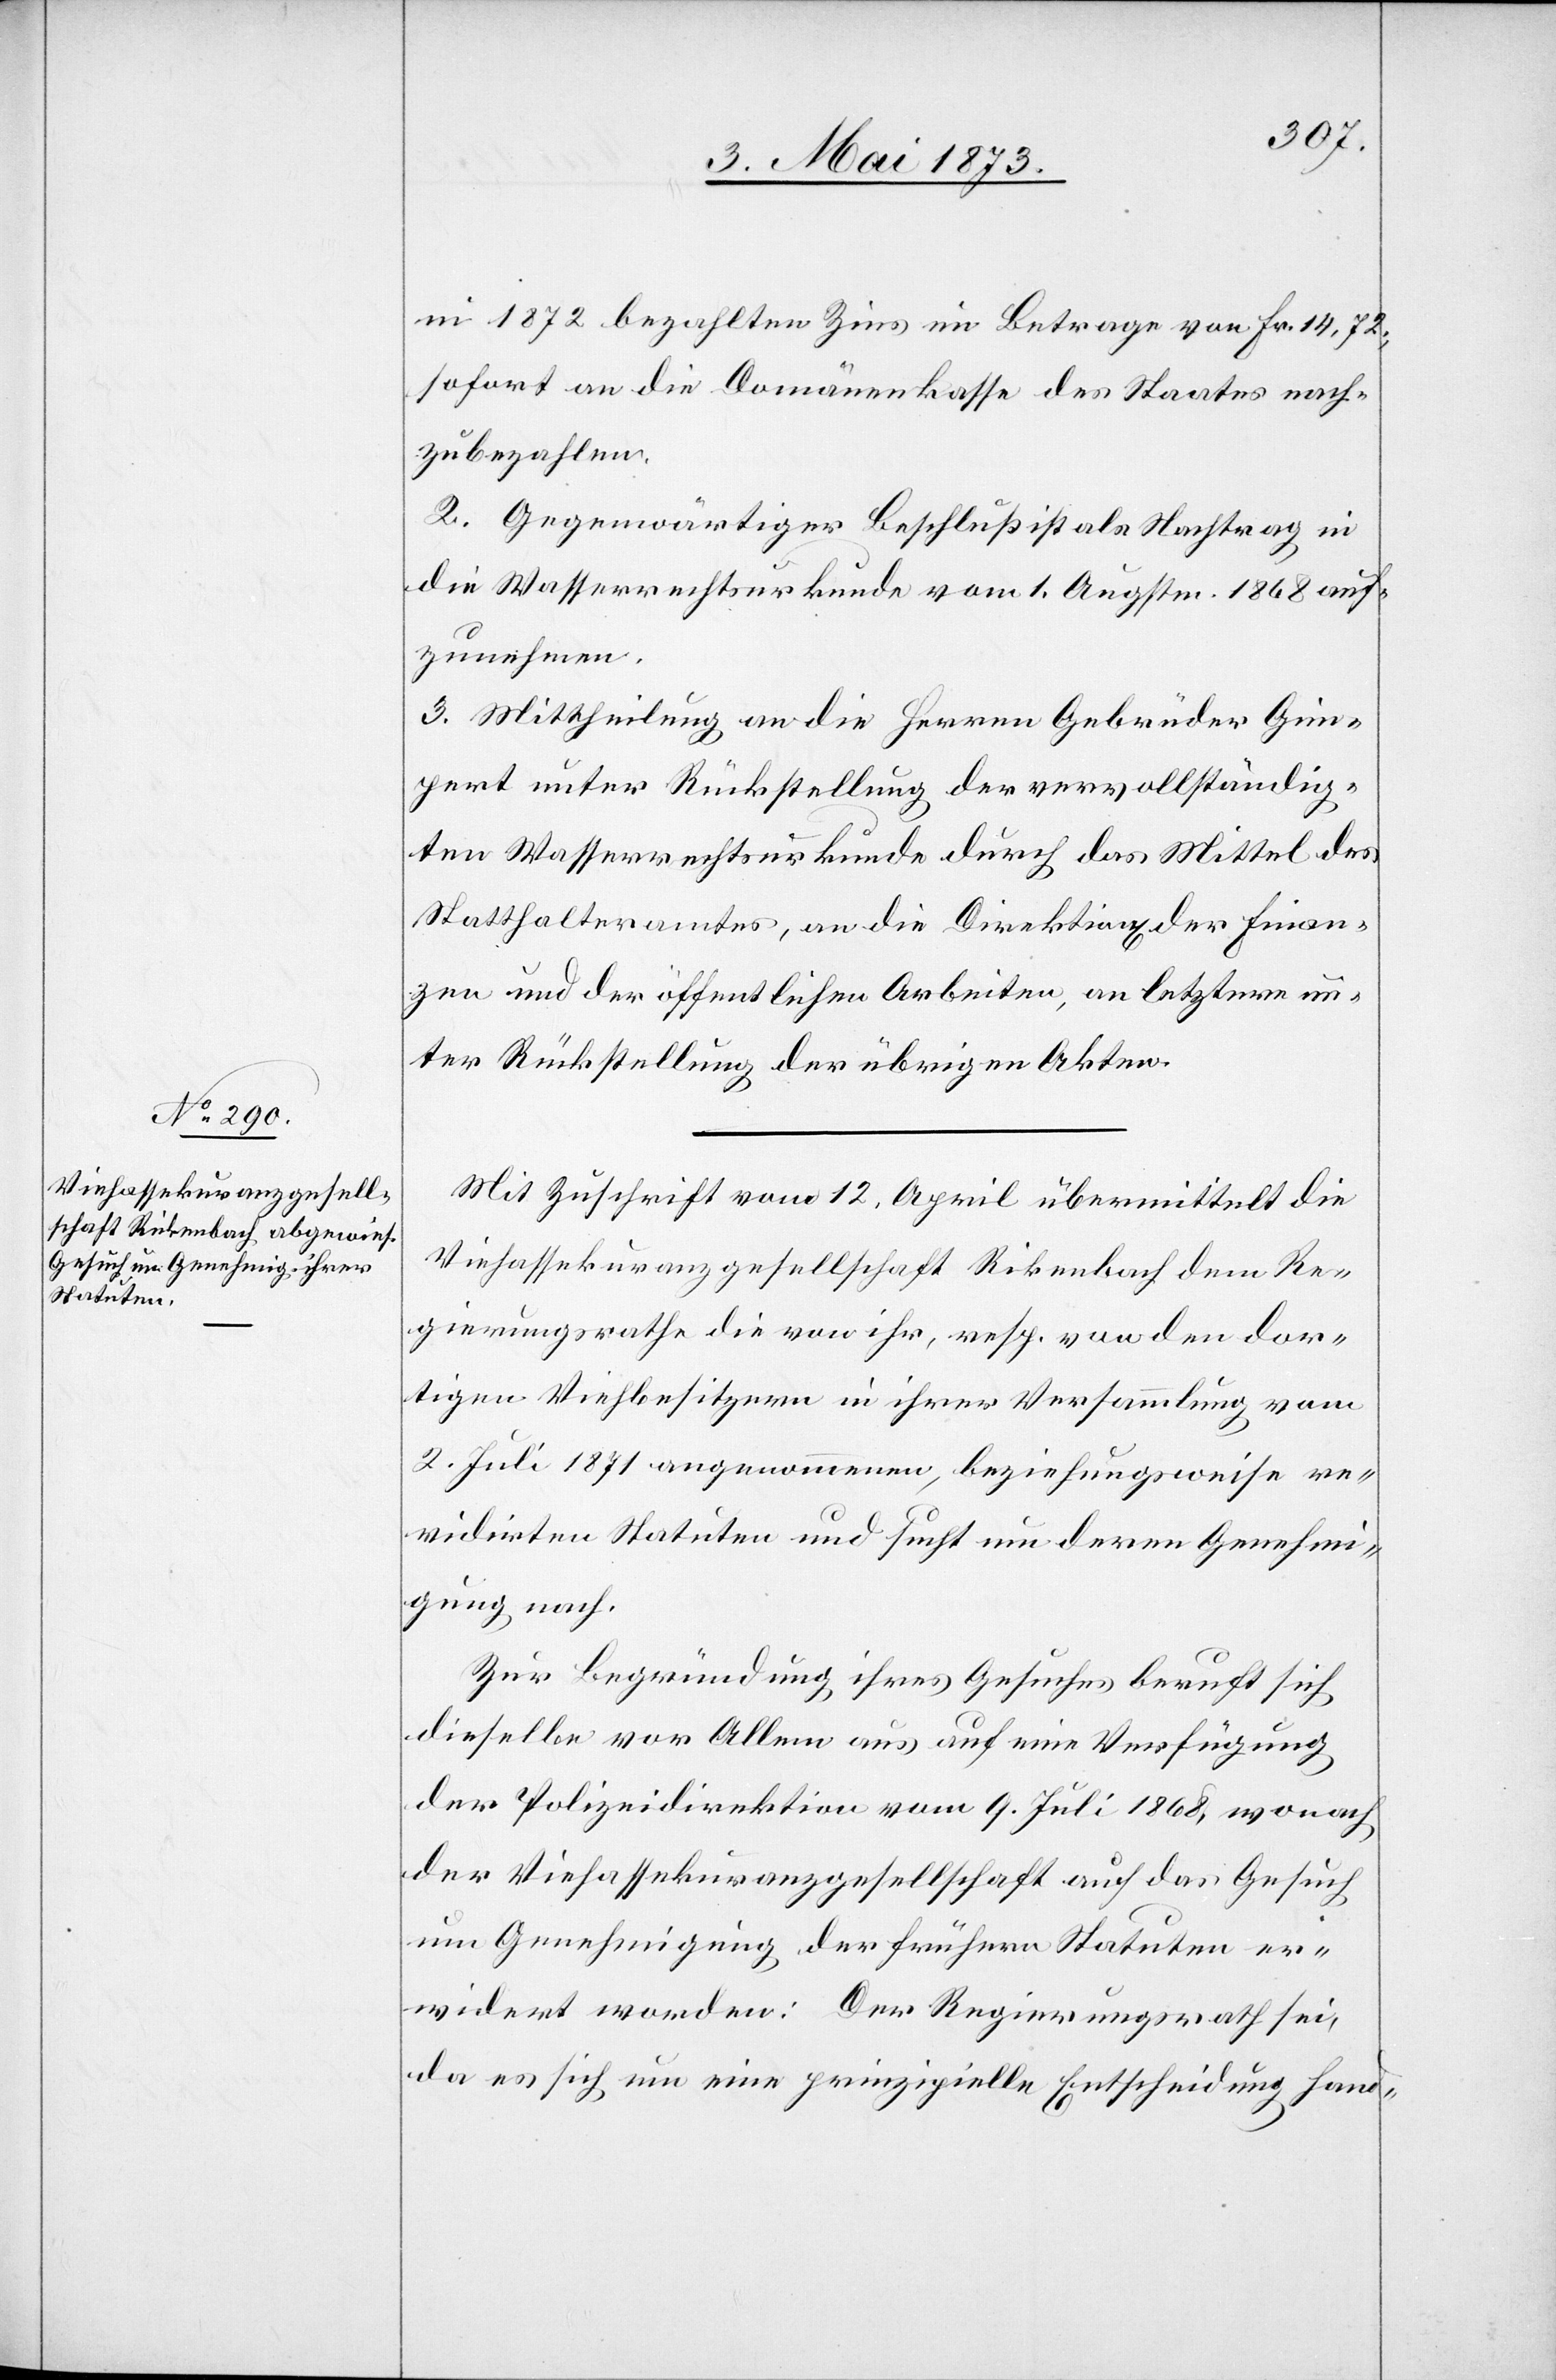
ni 1872 bezahlten Zins im Betrage von Fr. 14,72.,
sofort an die Domänenkasse des Staates nach¬
zubezahlen.
2. Gegenwärtiger Beschluß ist als Nachtrag in
die Wasserrechtsurkunde vom 1. Augstm. 1868 auf¬
zunehmen.
3. Mittheilung an die Herren Gebrüder Gim¬
pert unter Rückstellung der vervollständig¬
ten Wasserrechtsurkunde durch das Mittel des
Statthalteramtes, an die Direktion der Finan¬
zen und der öffentlichen Arbeiten, an letztere un¬
ter Rückstellung der übrigen Akten.
Mit Zuschrift vom 12. April übermittelt die
Viehassekuranzgesellschaft Rikenbach [sic!] dem Re¬
gierungsrathe die von ihr, resp. von den dor¬
tigen Viehbesitzern in ihrer Versammlung vom
2. Juli 1871 angenommenen, beziehungsweise re¬
vidirten Statuten und sucht um deren Genehmi¬
gung nach.
Zur Begründung ihres Gesuches beruft sich
dieselbe vor Allem aus auf eine Verfügung
der Polizeidirektion vom 9. Juli 1868, wonach
der Viehassekuranzgesellschaft auf das Gesuch
um Genehmigung der frühern Statuten er¬
widert worden: Der Regierungsrath sei,
da es sich um eine prinzipielle Entscheidung hand-